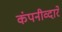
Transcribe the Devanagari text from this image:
कंपनीव्दारे